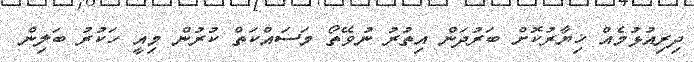
ދިރިއުޅުމެއް ޚިޔާރުކޮށް ބަރުދަން އިތުރު ނުވޭތޯ މަސައްކަތް ކުރުން މިއީ ހަކުރު ބަލިން